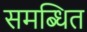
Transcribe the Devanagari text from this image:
समब्धित